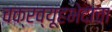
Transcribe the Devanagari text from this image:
चक्रव्यूहभेदाचा